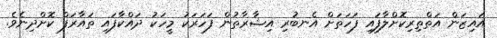
އައިޒަން އަތްތިރިކޮށްލާފައި ފަހަތަށް އެނބުރި އިޝާރާތުން ފަހަރަކު މީހަކު ދައްކާފައި ތައާރަފް ކޮށްދިނެވެ.